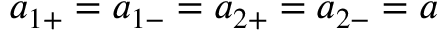
a _ { 1 + } = a _ { 1 - } = a _ { 2 + } = a _ { 2 - } = a